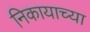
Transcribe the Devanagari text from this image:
निकायाच्या